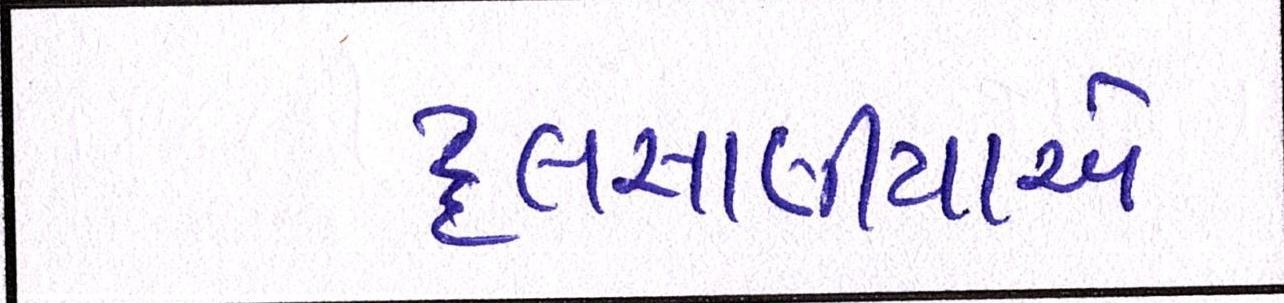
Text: દલસાણીયાએ